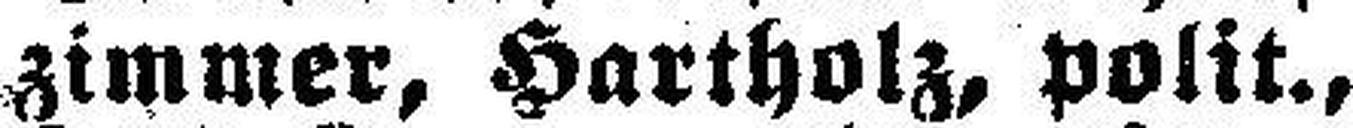
zimmer, Hartholz, polit.,